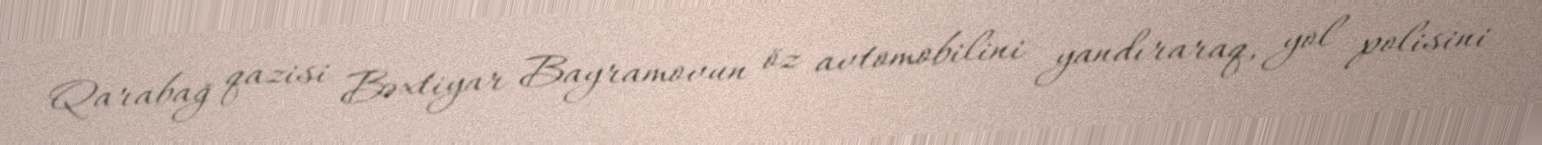
Qarabağ qazisi Bəxtiyar Bayramovun öz avtomobilini yandıraraq, yol polisini